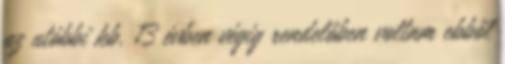
az utóbbi kb. 13 évben végig rendelőben voltam ebből